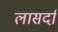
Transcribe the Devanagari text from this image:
लासर्दा